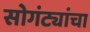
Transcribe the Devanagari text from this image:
सोगंट्यांचा